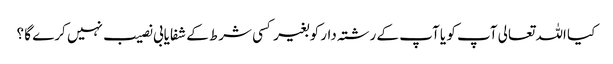
کیا اللہ تعالی آپ کو یا آپ کے رشتہ دار کو بغیر کسی شرط کے شفایابی نصیب نہیں کرے گا ؟